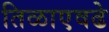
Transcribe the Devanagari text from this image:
तिळाएवढे